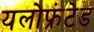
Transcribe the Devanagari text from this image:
यलोफ्रंटेड